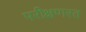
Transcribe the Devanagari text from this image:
परीक्षणरत